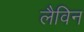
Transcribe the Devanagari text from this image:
लैविन